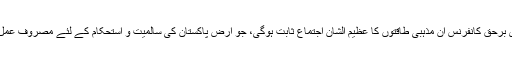
مہدیؑ برحق کانفرنس ان مذہبی طاقتوں کا عظیم الشان اجتماع ثابت ہوگی، جو ارض پاکستان کی سالمیت و استحکام کے لئے مصروف عمل ہیں۔